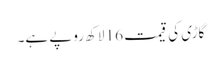
گاڑی کی قیمت 16 لاکھ روپے ہے۔